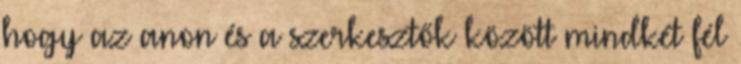
hogy az anon és a szerkesztők között mindkét fél